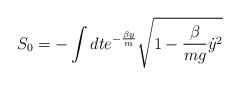
\begin{align*}S_0 = -\int dt e^{-\frac{\beta y}{m}} \sqrt{1-\frac{\beta}{mg}{\dot y}^2}\end{align*}